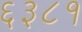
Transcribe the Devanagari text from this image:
६३८१